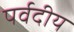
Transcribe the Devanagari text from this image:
पर्वदीय